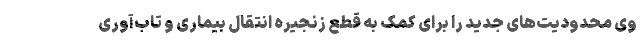
وی محدودیت‌های جدید را برای کمک به قطع زنجیره انتقال بیماری و تاب‌آوری